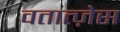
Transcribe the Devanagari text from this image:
वतात्ज़ेस